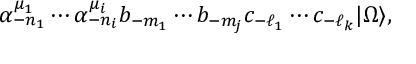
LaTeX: \alpha _ { - n _ { 1 } } ^ { \mu _ { 1 } } \cdots \alpha _ { - n _ { i } } ^ { \mu _ { i } } b _ { - m _ { 1 } } \cdots b _ { - m _ { j } } c _ { - \ell _ { 1 } } \cdots c _ { - \ell _ { k } } | \Omega \rangle ,